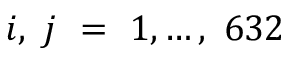
i , ~ j ~ = ~ 1 , \ldots , ~ 6 3 2